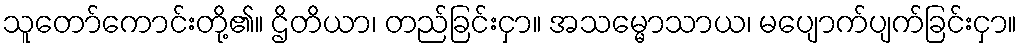
သူတော်ကောင်းတို့၏။ ဌိတိယာ၊ တည်ခြင်းငှာ။ အသမ္မောသာယ၊ မပျောက်ပျက်ခြင်းငှာ။